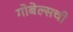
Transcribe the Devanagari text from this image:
गोबेल्सची